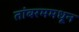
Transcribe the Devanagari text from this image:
तांबरममधून